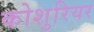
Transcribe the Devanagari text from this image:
कोशुरियर